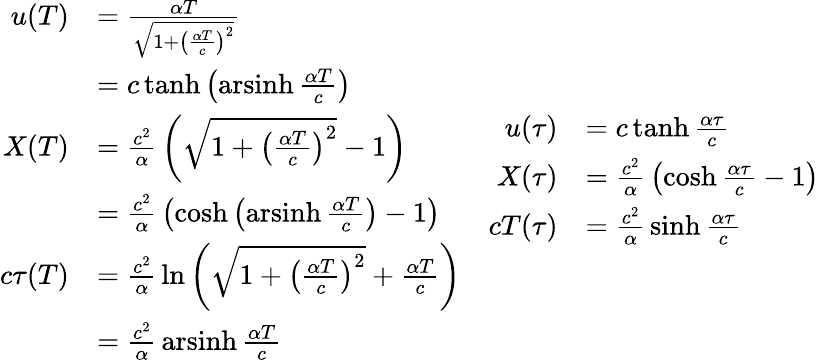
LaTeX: {\begin{array}{cc}{{\begin{array}{rl}{u(T)}&{={\frac{\alpha T}{\sqrt{1+\left({\frac{\alpha T}{c}}\right)^{2}}}}}\\ &{=c\operatorname{tanh}\left(\operatorname{arsinh}{\frac{\alpha T}{c}}\right)}\\ {X(T)}&{={\frac{c^{2}}{\alpha}}\left({\sqrt{1+\left({\frac{\alpha T}{c}}\right)^{2}}}-1\right)}\\ &{={\frac{c^{2}}{\alpha}}\left(\cosh\left(\operatorname{arsinh}{\frac{\alpha T}{c}}\right)-1\right)}\\ {c\tau(T)}&{={\frac{c^{2}}{\alpha}}\ln\left({\sqrt{1+\left({\frac{\alpha T}{c}}\right)^{2}}}+{\frac{\alpha T}{c}}\right)}\\ &{={\frac{c^{2}}{\alpha}}\operatorname{arsinh}{\frac{\alpha T}{c}}}\end{array}}}&{{\begin{array}{rl}{u(\tau)}&{=c\operatorname{tanh}{\frac{\alpha\tau}{c}}}\\ {X(\tau)}&{={\frac{c^{2}}{\alpha}}\left(\cosh{\frac{\alpha\tau}{c}}-1\right)}\\ {cT(\tau)}&{={\frac{c^{2}}{\alpha}}\sinh{\frac{\alpha\tau}{c}}}\end{array}}}\end{array}}